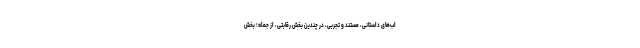
لب‌های داستانی، مستند و تجربی، در چندین بخش رقابتی، از جمله؛ بخش